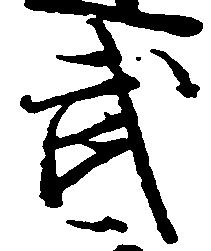
武